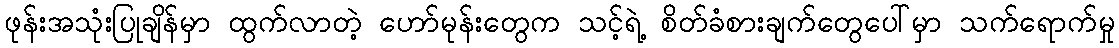
ဖုန်းအသုံးပြုချိန်မှာ ထွက်လာတဲ့ ဟော်မုန်းတွေက သင့်ရဲ့ စိတ်ခံစားချက်တွေပေါ်မှာ သက်ရောက်မှု